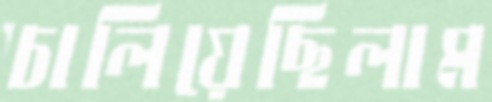
চালিয়েছিলাম